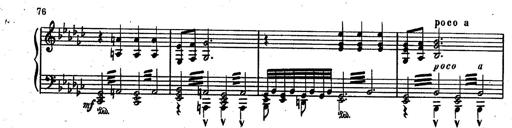
Title: RÃ©miniscences des Huguenots
Composer: Franz Liszt